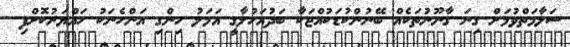
ސަލާމަތްވުމަށް ގިނަ ގާނޫނުތަކެއް ބޭނުންކުޑަކުއްޖަކާ ބަދުއަހުލާގީ އަމަލު ހިންގި އަންހެނަކު ހައްޔަރުކޮށްފި